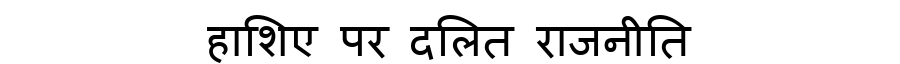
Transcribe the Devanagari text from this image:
हाशिए पर दलित राजनीति